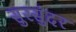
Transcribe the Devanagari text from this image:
सुरसुंदर